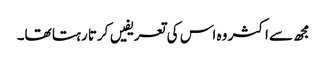
مجھ سے اکثر وہ اس کی تعریفیں کرتا رہتا تھا۔